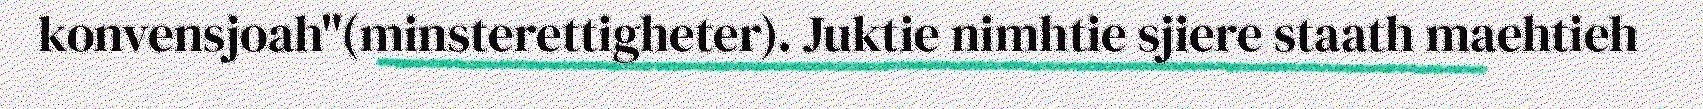
konvensjoah"(minsterettigheter). Juktie nimhtie sjiere staath maehtieh